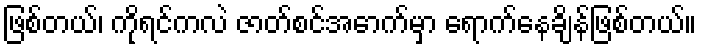
ဖြစ်တယ်၊ ကိုရင်ကလဲ ဇာတ်စင်အောက်မှာ ရောက်နေချိန်ဖြစ်တယ်။